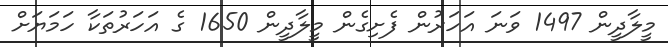
މީލާދީން 1497 ވަނަ އަހަރުން ފެށިގެން މީލާދީން 1650 ގެ އަހަރުތަކާ ހަމަޔަށް